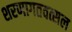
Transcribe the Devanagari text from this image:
शरणागतवत्सल